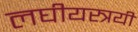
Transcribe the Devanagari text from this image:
लघीयस्त्रयी